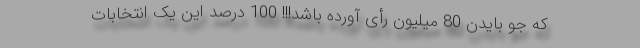
که جو بایدن 80 میلیون رأی آورده باشد!!! 100 درصد این یک انتخابات